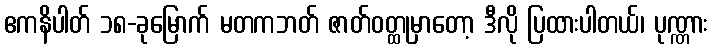
ဧကနိပါတ် ၁၈-ခုမြောက် မတကဘတ် ဇာတ်ဝတ္ထုမှာတော့ ဒီလို ပြထားပါတယ်၊ ပုဏ္ဏား